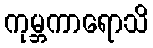
ကုမ္ဘကာရောသိ